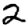
Digit: 2